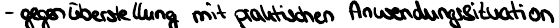
- gegenüberstellung mit praktischen Anwendungssituation